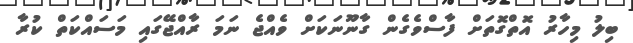
ބިލު މިހާރު އޮތްގޮތަށް ފާސްވެގެން ގާނޫނަކަށް ވެއްޖެ ނަމަ ރާއްޖޭގައި މަސައްކަތް ކުރާ